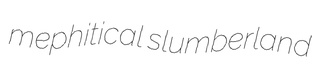
mephitical slumberland